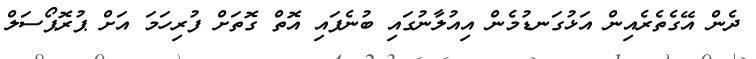
ދެން އޭގެތެރެއިން އަޅުގަނޑުމެން އިއުލާނުގައި ބުނެފައި އޮތް ގޮތަށް ފުރިހަމަ އަށް ޕުރޮޕޯސަލް